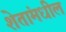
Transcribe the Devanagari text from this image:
शेतांमधील